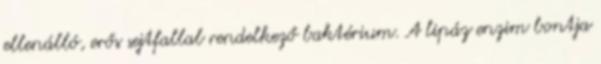
ellenálló, erős sejtfallal rendelkező baktérium. A lipáz enzim bontja